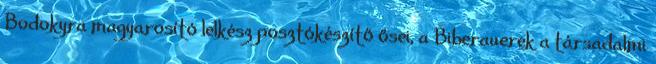
Bodokyra magyarosító lelkész posztókészítő ősei, a Biberauerek a társadalmi